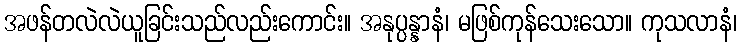
အဖန်တလဲလဲယူခြင်းသည်လည်းကောင်း။ အနုပ္ပန္နာနံ၊ မဖြစ်ကုန်သေးသော။ ကုသလာနံ၊